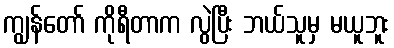
ကျွန်တော် ကိုရီတာက လွဲပြီး ဘယ်သူမှ မယူဘူး